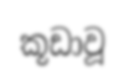
කූඩාවූ